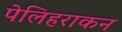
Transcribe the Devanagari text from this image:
पेलिहराकन